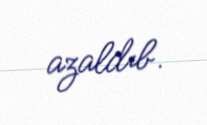
azaldıb.